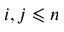
i , j \leqslant n